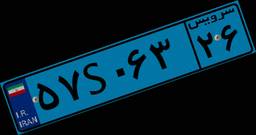
۶۳S۷۶۶۳۵